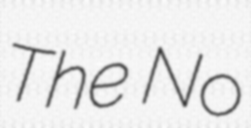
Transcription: The No